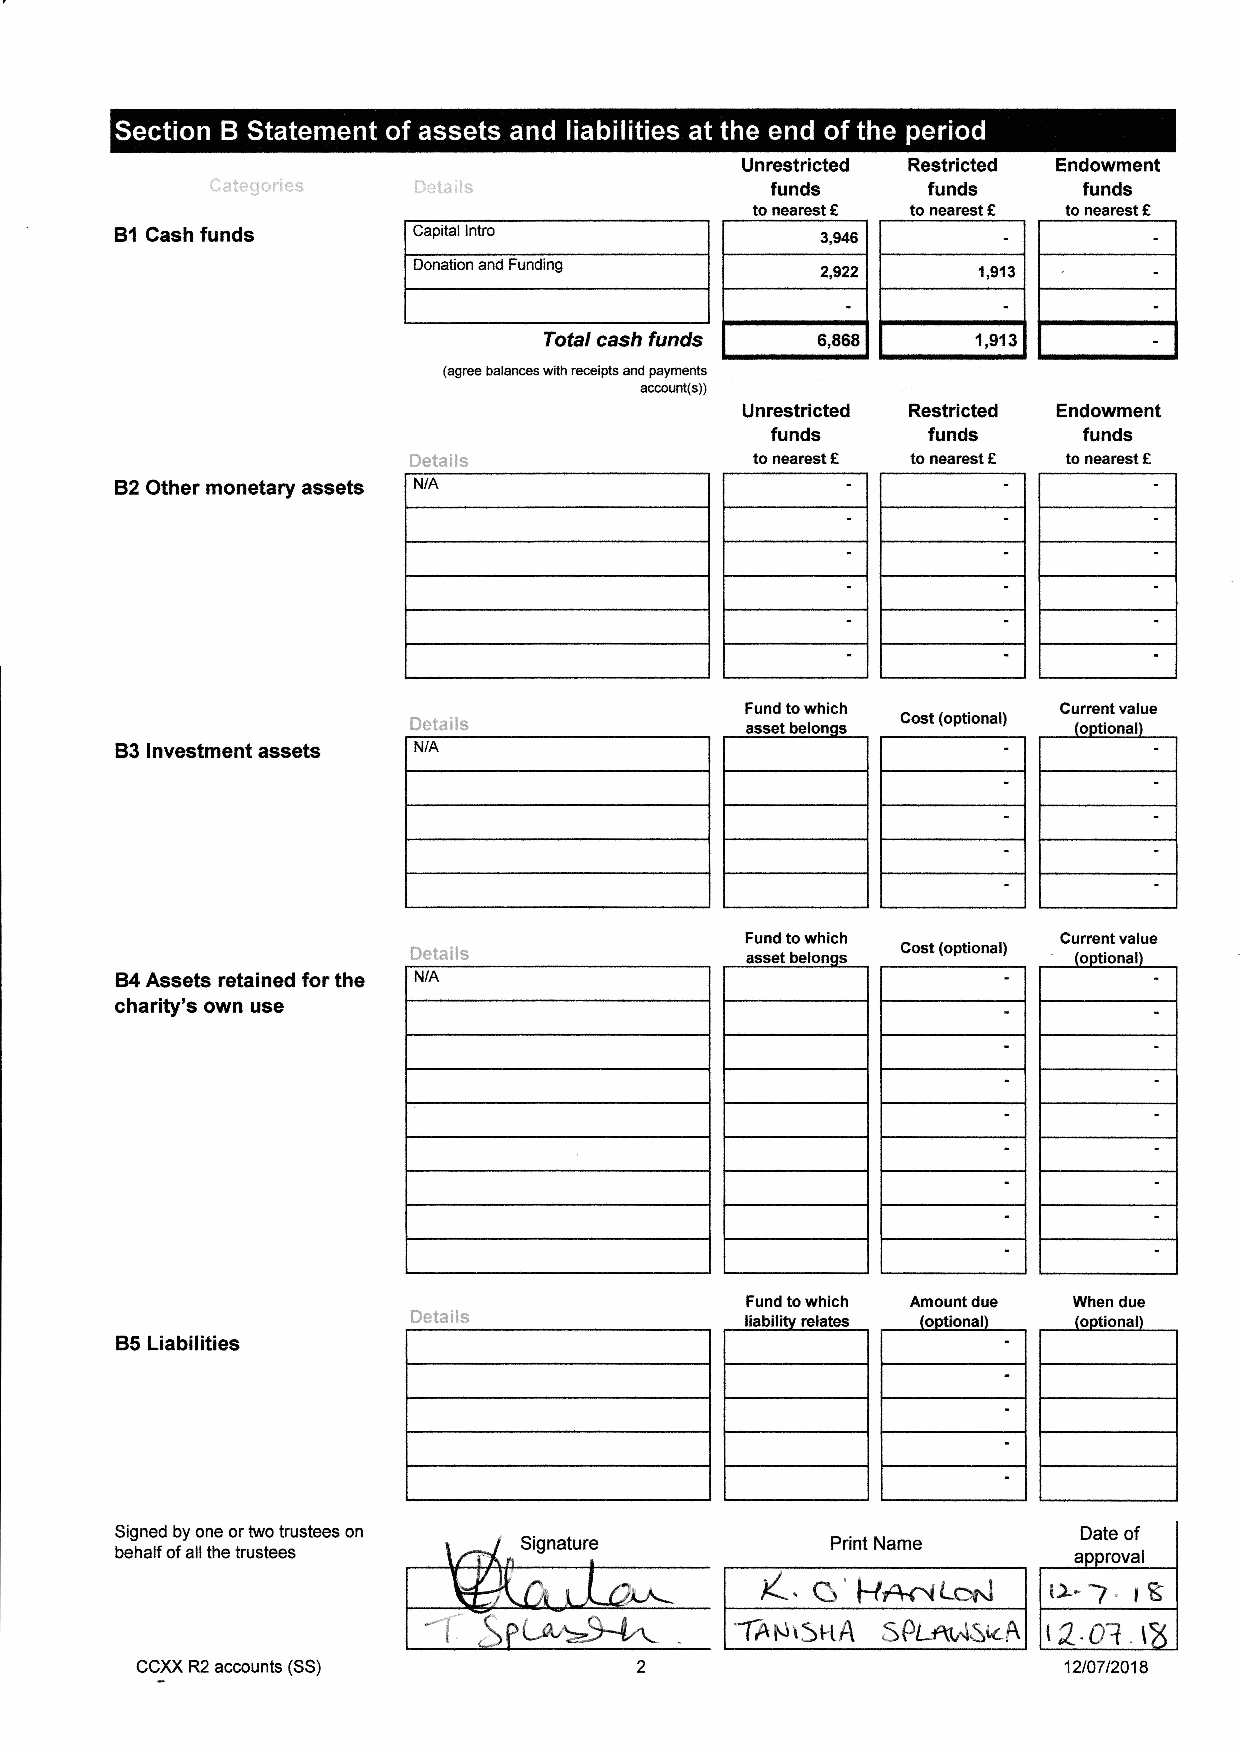
Unrestricted Restricted Endowment
 i":i 'tt'''''' " l'''' ' i lu,,   refundrs     funds  lFfunds
 f         f          f
 to nearest to nearest to nearest
 B{ Cash funds      Capital lntro
 Donation and Funding I n rn z,e22 ll  1,$all     -
 |
 e,esall    r.grell    -l
 I
 Total cash funds
 (agree balances with receipts and payments
 rccowrt(s))
 Unrestricted Restricted Endowment
 funds     funds      funds
 f         f
 Deta ils               to nearest to nearest to nearest €
 BZ Other monetary assets N/A
 Fund to which        Gurrent value
 Details                          Cost (optional)
 83 lnvestment asseb N/A
 Gurrent value
 Detalls                          Cost (optional)
 84 Assets retained for the N/A
 charity's own use
 Fund to which Amount due When due
 Seta its
 85 Liabilities
 Signed by one or two trustees on
 Print Name
 behalf of all the trustees
 /-.
 G'fr146-1 Lc,Nl
 'ThN rSt-tA
 SpL-ru^lsic-A
 CCXX R2 accounts (SS)                                        12t07 t2018